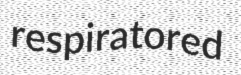
respiratored